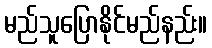
မည်သူပြောနိုင်မည်နည်း။